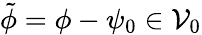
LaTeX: \tilde{\phi}=\phi-\psi_{0}\in\mathcal{V}_{0}